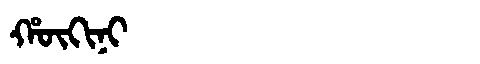
Manchu: ᡥᡡᡴᡳᠨᡳ
Romanization: HŪKINI